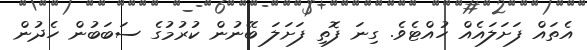
އެތައް ފަށަލައެއް ހުއްޓެވެ. ގިނަ ފޮތި ފަށަލަ ބޭނުން ކުރުމުގެ ސަބަބުން ހެދުން